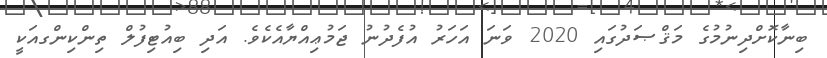
ބިނާކޮށްދިނުމުގެ މަޤްޞަދުގައި 2020 ވަނަ އަހަރު އުފެދުނު ޖަމުޢިއްޔާއެކެވެ. އަދި ބިއުޓިފުލް ތިންކިންގއަކީ